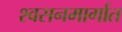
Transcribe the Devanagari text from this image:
श्वसनमार्गात